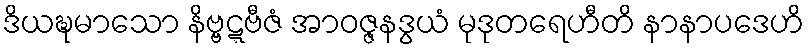
ဒိယဍ္ဎမာသော နိဗ္ဗဋ္ဋဗီဇံ အာဝဇ္ဇနဒွယံ မုဒုတရေဟီတိ နာနာပဒေဟိ